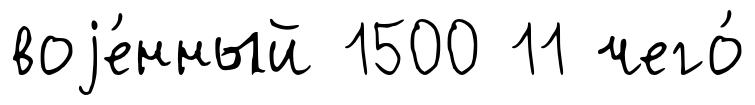
воjе́нный 1500 11 чего́